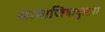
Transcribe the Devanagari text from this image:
सामाजिकदृष्टय़ा